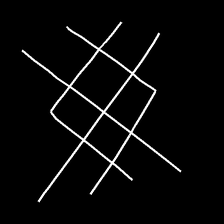
Glyph: crystal